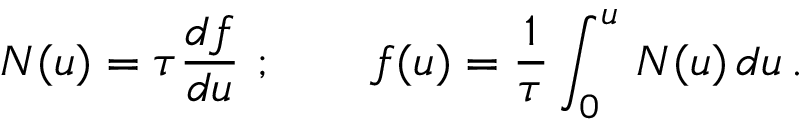
N ( u ) = \tau { \frac { d f } { d u } } \ ; \qquad f ( u ) = { \frac { 1 } { \tau } } \int _ { 0 } ^ { u } \, N ( u ) \, d u \, .